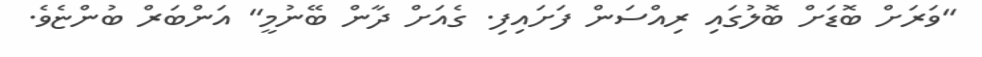
"ވަރަށް ބޮޑަށް ބޮލުގައި ރިއްސަން ފަށައިފި. ގެއަށް ދާން ބޭނުމީ" އަންބަރް ބުންޏެވެ.